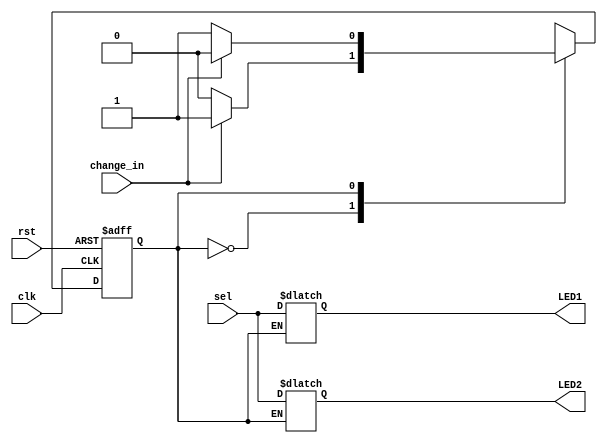
`timescale 1ns / 1ps
//////////////////////////////////////////////////////////////////////////////////
// Company: 
// Engineer: 
// 
// Design Name: 
// Module Name: Choose
// Project Name: 
// Target Devices: 
// Tool Versions: 
// Description: 
// 
// Dependencies: 
// 
// Revision:
// Revision 0.01 - File Created
// Additional Comments:
// 
//////////////////////////////////////////////////////////////////////////////////


module Choose(
    input [2:0] sel,
    input  change_in,//button
    input  rst,
    input  clk,
    output reg [2:0] LED1,LED2
    );

    reg state;
    reg next_state;
    

    always@(posedge clk or posedge rst)
        if (rst) 
            state <= 0;
        else 
            state <= next_state;
    
    always@(change_in or state)
    case (state)
        1'd0:
            begin
                if (change_in)
                    next_state <= 1;
                else 
                    next_state <= 0;
            end
        1'd1:
            begin
                if (change_in)
                    next_state <= 0;
                else 
                    next_state <= 1;
            end
    endcase
    always@(state or sel)
    begin
        if(state)
            LED1 = sel;
        else
            LED2 = sel;
    end
    
endmodule